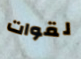
لقوات